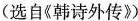
(选自《韩诗外传》)